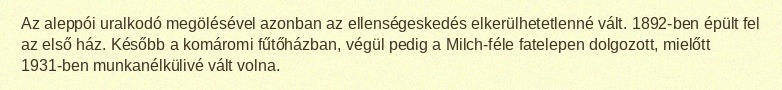
Az aleppói uralkodó megölésével azonban az ellenségeskedés elkerülhetetlenné vált. 1892-ben épült fel az első ház. Később a komáromi fűtőházban, végül pedig a Milch-féle fatelepen dolgozott, mielőtt 1931-ben munkanélkülivé vált volna.